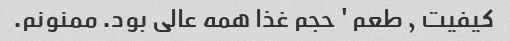
کیفیت , طعم ' حجم غذا همه عالی بود. ممنونم.